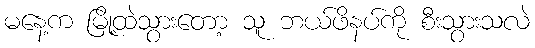
မနေ့က မြို့ထဲသွားတော့ သူ ဘယ်ဖိနပ်ကို စီးသွားသလဲ